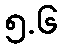
၅.၆